Report on lock hospitals in British Burma
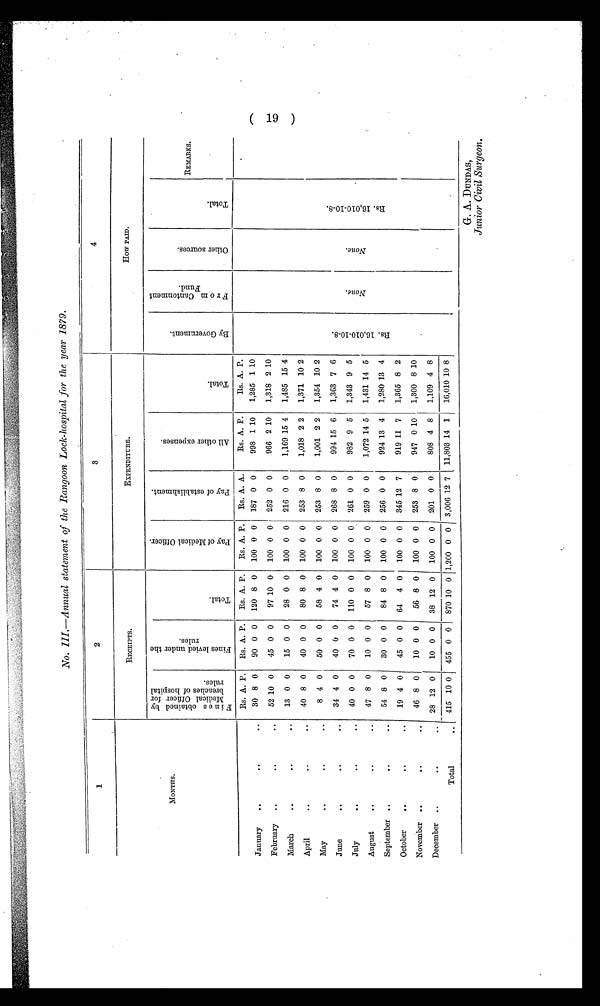
No. III.—Annual statement of the Rangoon Lock-hospital for the year 1879.
1
2
3
4
MONTHS.
RECEIPTS.
EXPENDITURE.
How PAID.
F i n e s o b t a i n e d b y M e d i c a l O f f i c e r f o r b r e a c h e s o f h o s p i t a l r u l e s .
F i n e s l e v i e d u n d e r t h e r u l e s .
T o t a l .
P a y o f M e d i c a l O f f i c e r .
P a y o f e s t a b l i s h m e n t .
A l l o t h e r e x p e n s e s .
T o t a l .
B y G o v e r n m e n t .
F r o m C a n t o n m e n t F u n d
.
O t h e r s o u r c e s .
T o t a l .
REMARKS.
R s . A. P. Rs. A. P. Rs. A. P.
Rs. A. P.
Rs. A. A.
Rs. A. P.
Rs. A. P.
R s . 1 6 , 0 1 0 - 1 0 - 8 .
N o n e .
N o n e .
R s . 1 6 , 0 1 0 - 1 0 - 8 .
January
30 8 0
90 0 0
120 8 0
100 0 0
187 0 0
998 1 10
1,285 1 10
February
52 10 0
45 0 0
97 10 0
100 0 0
252 0 0
966 2 10
1,318 2 10
March
13 0 0
15 0 0
28 0 0
100 0 0
216 0 0
1,169 15 4
1,485 15 4
April
40 8 0
40 0 0
80 8 0
100 0 0
253 8 0
1,018 2 2
1,371 10 2
May
8 4 0
50 0 0
58 4 0
100 0 0
253 8 0
1,001 2 2
1,354 10 2
June
34 4 0
40 0 0
74 4 0
100 0 0
268 8 0
994 15 6
1,363 7 6
July
40 0 0
70 0 0
110 0 0
100 0 0
261 0 0
982 9 5
1,343 9 5
August
47 8 0
10 0 0
57 8 0
100 0 0
259 0 0
1,072 14 5
1,431 14 5
September
54 8 0
30 0 0
84 8 0
100 0 0
256 0 0
924 13 4
1,280 13 4
October
19 4 0
45 0 0
64 4 0
100 0 0
345 12 7
919 11 7
1,365 8 2
November
46 8 0
10 0 0
56 8 0
100 0 0
253 8 0
947 0 10
1,300 8 10
December
28 12 0
10 0 0
38 12 0
100 0 0
201 0 0
808 4 8
1,109 4 8
Total
415 10 0
455 0 0
870 10 0 1,200 0 0 3,006 12 7 11,803 14 1
16,010 10 8
G. A. DUNDAS,
Junior Civil Surgeon.
( 19 )